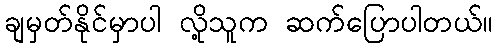
ချမှတ်နိုင်မှာပါ လို့သူက ဆက်ပြောပါတယ်။